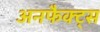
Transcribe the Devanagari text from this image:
अनफैक्ट्स